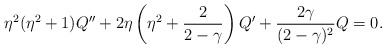
\begin{align*}\eta^2(\eta^2+1)Q''+2\eta\left(\eta^2+{2\over{2-\gamma}}\right)Q'+{{2\gamma}\over{(2-\gamma)^2}}Q=0.\end{align*}